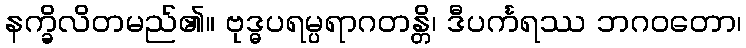
နက္ခိလိတမည်၏။ ဗုဒ္ဓပရမ္ပရာဂတန္တိ၊ ဒီပင်္ကရဿ ဘဂဝတော၊